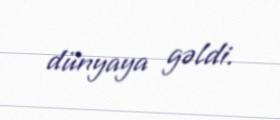
dünyaya gəldi.